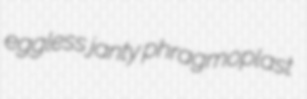
eggless janty phragmoplast